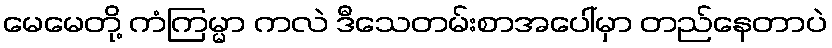
မေမေတို့ ကံကြမ္မာ ကလဲ ဒီသေတမ်းစာအပေါ်မှာ တည်နေတာပဲ